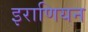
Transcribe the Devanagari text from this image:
इराणियन